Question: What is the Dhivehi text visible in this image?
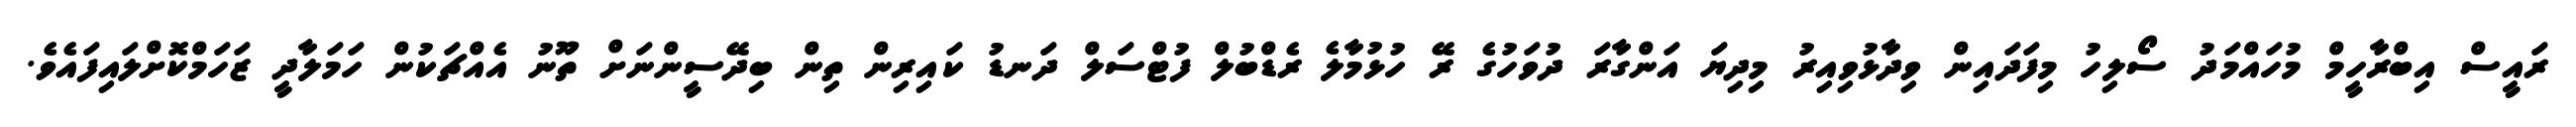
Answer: ރައީސް އިބްރާހީމް މުހައްމަދު ސޯލިހު މިފަދައިން ވިދާޅުވިއިރު މިދިޔަ އަންގާރަ ދުވަހުގެ ރޭ ހުޅުމާލެ ރެޑްބުލް ފުޓްސަލް ދަނޑު ކައިރިން ތިން ބިދޭސީންނަށް ތޫނު އެއްޗަކުން ހަމަލާދީ ޒަހަމްކޮށްލައިފައެވެ.